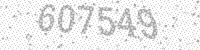
Solution: 607549